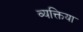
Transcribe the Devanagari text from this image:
व्यक्तिया